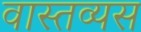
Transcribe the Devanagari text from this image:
वास्तव्यस